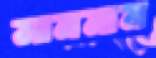
সানমান